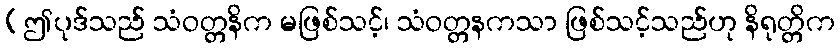
(ဤပုဒ်သည် သံဝတ္တနိက မဖြစ်သင့်၊ သံဝတ္တနကသာ ဖြစ်သင့်သည်ဟု နိရုတ္တိက